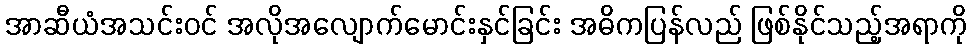
အာဆီယံအသင်းဝင် အလိုအလျောက်မောင်းနှင်ခြင်း အဓိကပြန်လည် ဖြစ်နိုင်သည့်အရာကို